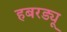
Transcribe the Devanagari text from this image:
हबरड्यू